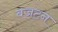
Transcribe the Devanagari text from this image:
बजटन